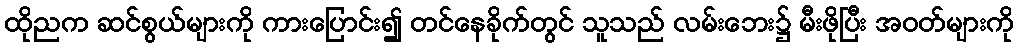
ထိုညက ဆင်စွယ်များကို ကားပြောင်း၍ တင်နေခိုက်တွင် သူသည် လမ်းဘေး၌ မီးဖိုပြီး အဝတ်များကို